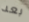
بعد